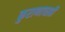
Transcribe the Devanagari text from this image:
कुराणाचाही